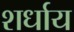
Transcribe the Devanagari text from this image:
शर्धाय